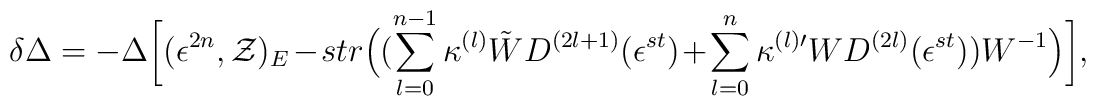
\delta \Delta =-\Delta \biggl[(\epsilon^{2n},{\cal Z})_{E}-str\Bigl(\bigl(\sum_{l=0}^{n-1}\kappa^{(l)} \tilde{W} D^{(2l+1)}(\epsilon^{st})+\sum_{l=0}^{n}\kappa^{(l) \prime}  W D^{(2l)}(\epsilon^{st})\bigr)W^{-1}\Bigr)\biggr],